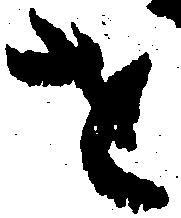
を